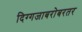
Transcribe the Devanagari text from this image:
दिग्गजाबरोबरतर